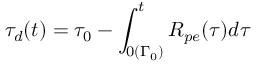
\tau _ { d } ( t ) = \tau _ { 0 } - \int _ { 0 ( \Gamma _ { 0 } ) } ^ { t } R _ { p e } ( \tau ) d \tau